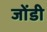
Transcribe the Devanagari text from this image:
जोंडी